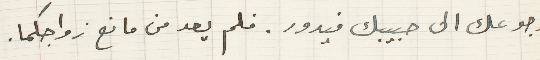
برجوعك الى حبيبك فيدور. فلم يعد من مانع زواجكما.